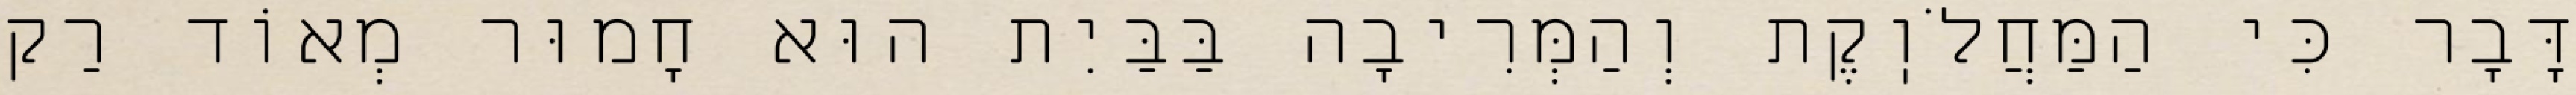
דָּבָר כִּי הַמַּחֲלֹוֽקֶת וְהַמְּרִיבָה בַּבַּיִת הוּא חָמוּר מְאוֹד רַק